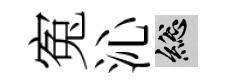
寃沁總